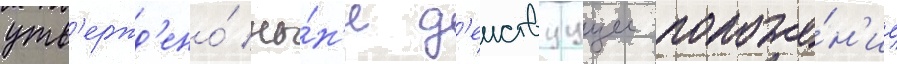
утв'ержд'ено́ ны́н'е д'еиствуущее положе́н'ие